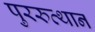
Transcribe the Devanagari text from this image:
पुररुत्थान